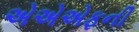
એએએફની